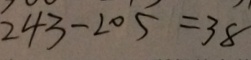
2 4 3 - 2 0 5 = 3 8